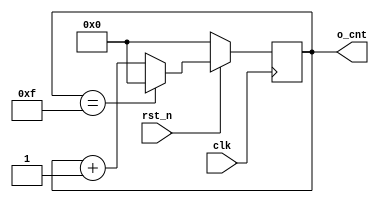
module cnt2s(
    input clk, rst_n,
    output [3:0] o_cnt
    );
    reg [3:0] cnt;
//
/* always @ (posedge clk or negedge rst_n) begin
    if ( !rst_n )
        cnt <= 4'b0000;
    else if ( cnt == 4'b1111 )
        cnt <= 4'b0000;
    else
        cnt <= cnt + 1'b1;
end */
//
always @ (posedge clk) begin
    if ( !rst_n )
        cnt <= 4'b0000;
    else if ( cnt == 4'b1111 )
        cnt <= 4'b0000;
    else
        cnt <= cnt + 1'b1;
end

assign o_cnt = cnt;

endmodule